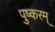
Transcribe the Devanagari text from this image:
पुष्करम्‌